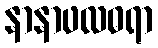
နာနာဖလဓရာ